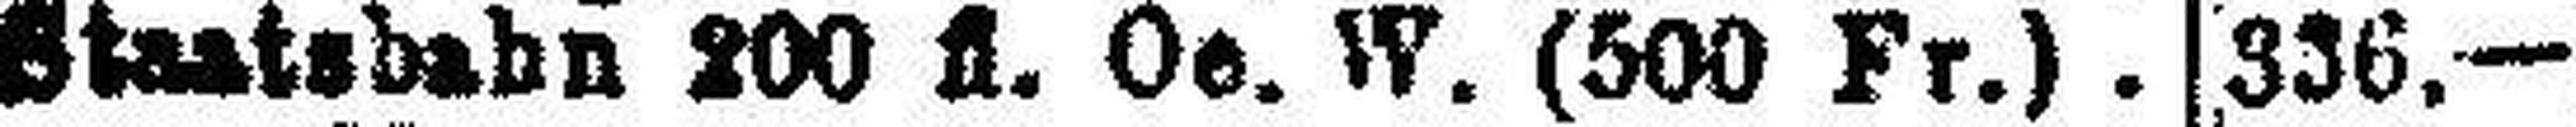
Staatsbahn 200 fl. Oe. W. (500 Fr.).